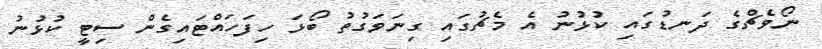
ނޯވެޗްގެ ދަނޑުގައި ކުޅުނު އެ މެޗުގައި ގިނަވަގުތު ބޯޅަ ހިފަހައްޓައިގެން ސިޓީ ކުޅުނު